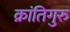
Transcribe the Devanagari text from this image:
क्रांतिगुरु